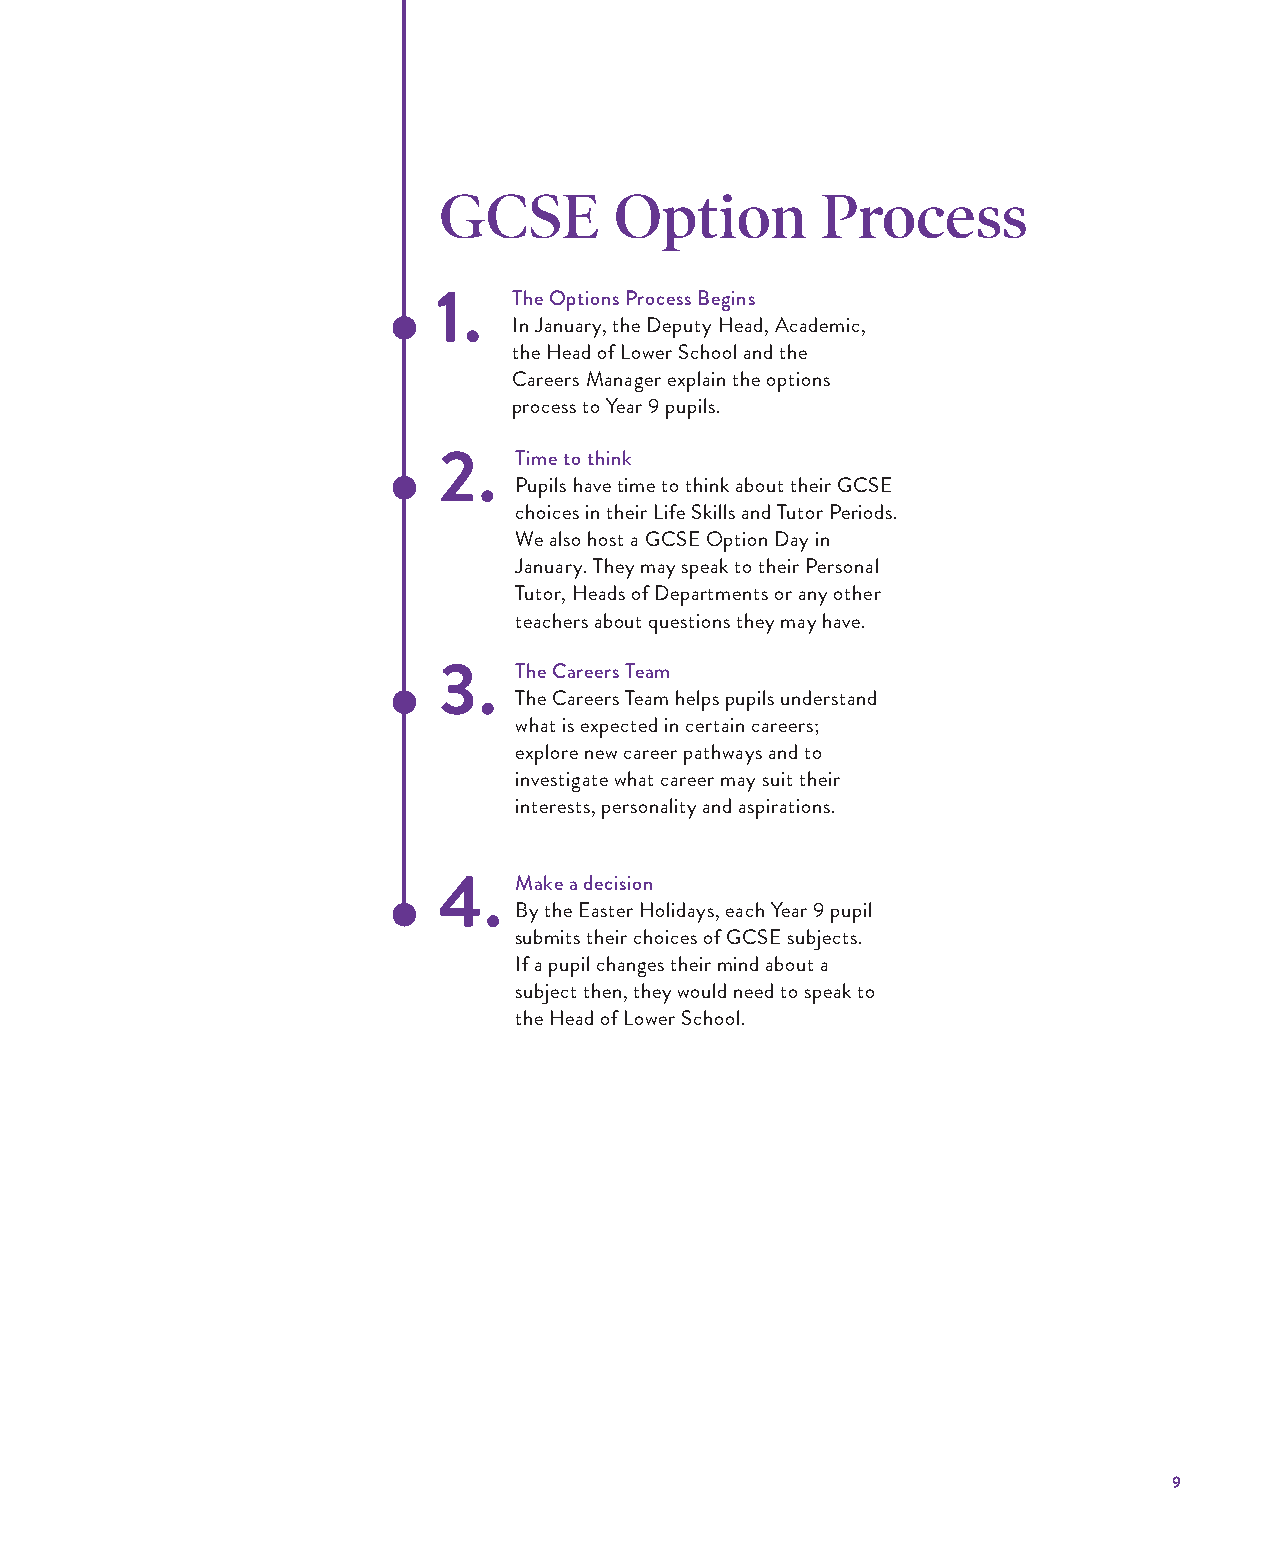
GCSE        Option       Process
 1.   The Options Process Begins
 In January, the Deputy Head, Academic,
 the Head of Lower School and the
 Careers Manager explain the options
 process to Year 9 pupils.
 2.   Time to think
 Pupils have time to think about their GCSE
 choices in their Life Skills and Tutor Periods.
 We also host a GCSE Option Day in
 January. They may speak to their Personal
 Tutor, Heads of Departments or any other
 teachers about questions they may have.
 3.   The Careers Team
 The Careers Team helps pupils understand
 what is expected in certain careers;
 explore new career pathways and to
 investigate what career may suit their
 interests, personality and aspirations.
 4.   Make a decision
 By the Easter Holidays, each Year 9 pupil
 submits their choices of GCSE subjects.
 If a pupil changes their mind about a
 subject then, they would need to speak to
 the Head of Lower School.
 9
 WWYYCC//006600 99--1111 FFoorrmm GGuuiiddee 22002222 AAWW..iinndddd 99    1122//0088//22002211 1144::4499